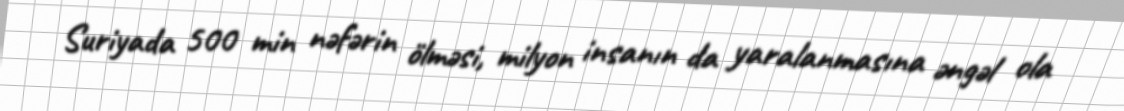
Suriyada 500 min nəfərin ölməsi, milyon insanın da yaralanmasına əngəl ola